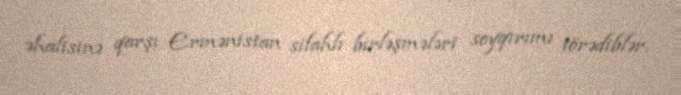
əhalisinə qarşı Ermənistan silahlı birləşmələri soyqırımı törədiblər.